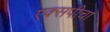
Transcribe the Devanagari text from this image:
एक्सपीचा